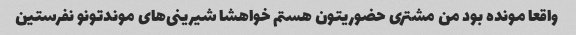
واقعا مونده بود من مشتری حضوریتون هستم خواهشا شیرینی‌های موندتونو نفرستین